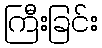
ကြီးခြင်း